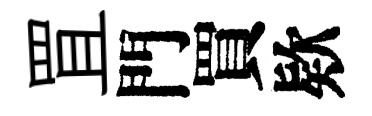
罝門買欵